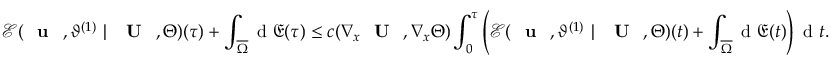
\mathcal { E } ( \textbf { \textup { u } } , \vartheta ^ { ( 1 ) } \ | \ \textbf { \textup { U } } , \Theta ) ( \tau ) + \int _ { \overline { { \Omega } } } \textup { d } \mathfrak { E } ( \tau ) \leq c ( \nabla _ { x } \textbf { \textup { U } } , \nabla _ { x } \Theta ) \int _ { 0 } ^ { \tau } \left( \mathcal { E } ( \textbf { \textup { u } } , \vartheta ^ { ( 1 ) } \ | \ \textbf { \textup { U } } , \Theta ) ( t ) + \int _ { \overline { { \Omega } } } \textup { d } \mathfrak { E } ( t ) \right) \textup { d } t .